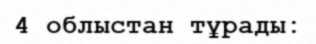
4 облыстан тұрады: